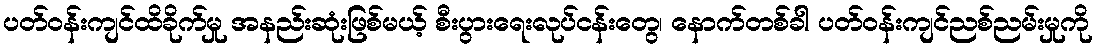
ပတ်ဝန်းကျင်ထိခိုက်မှု အနည်းဆုံးဖြစ်မယ့် စီးပွားရေးလုပ်ငန်းတွေ၊ နောက်တစ်ခါ ပတ်ဝန်းကျင်ညစ်ညမ်းမှုကို